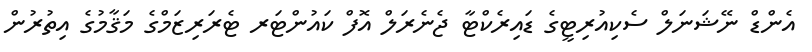
އެންޑް ނޭޝަނަލް ސެކިއުރިޓީގެ ޑައިރެކްޓާ ޖެނެރަލް އޮފް ކައުންޓަރ ޓެރަރިޒަމްގެ މަޤާމުގެ އިތުރުން